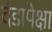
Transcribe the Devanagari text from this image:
दंडापेक्षा